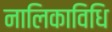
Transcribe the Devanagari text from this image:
नालिकाविधि